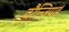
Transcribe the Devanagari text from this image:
वरैन्जियाई